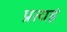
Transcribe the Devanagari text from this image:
प्रत्यहं